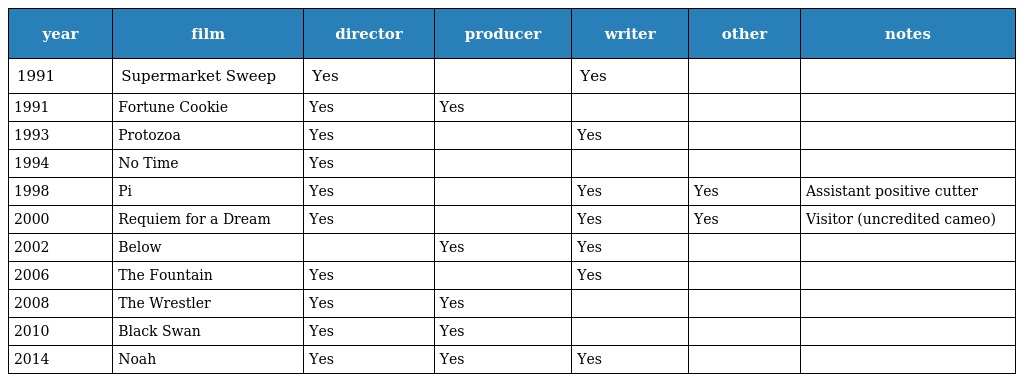
| year | film | director | producer | writer | other | notes |
 | --- | --- | --- | --- | --- | --- | --- |
 | 1991 | Supermarket Sweep | Yes |  | Yes |  |  |
 | 1991 | Fortune Cookie | Yes | Yes |  |  |  |
 | 1993 | Protozoa | Yes |  | Yes |  |  |
 | 1994 | No Time | Yes |  |  |  |  |
 | 1998 | Pi | Yes |  | Yes | Yes | Assistant positive cutter |
 | 2000 | Requiem for a Dream | Yes |  | Yes | Yes | Visitor (uncredited cameo) |
 | 2002 | Below |  | Yes | Yes |  |  |
 | 2006 | The Fountain | Yes |  | Yes |  |  |
 | 2008 | The Wrestler | Yes | Yes |  |  |  |
 | 2010 | Black Swan | Yes | Yes |  |  |  |
 | 2014 | Noah | Yes | Yes | Yes |  |  |